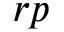
r p